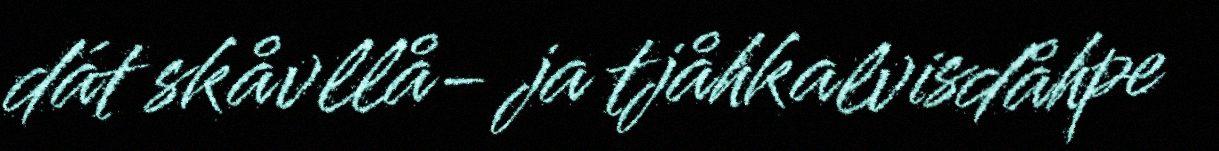
dát skåvllå- ja tjåhkalvisdåhpe